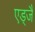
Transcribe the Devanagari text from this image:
एड्जै